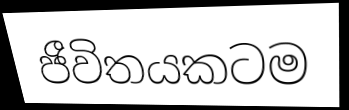
ජීවිතයකටම